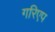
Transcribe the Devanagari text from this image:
गरिएप